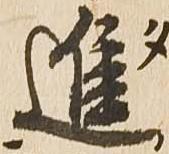
進